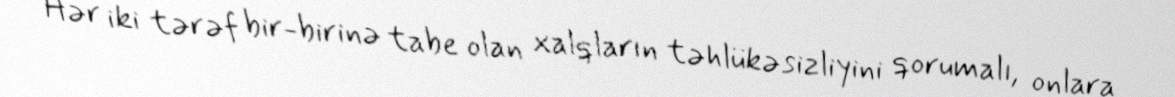
Hər iki tərəf bir-birinə tabe olan xalqların təhlükəsizliyini qorumalı, onlara